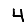
Digit: 4